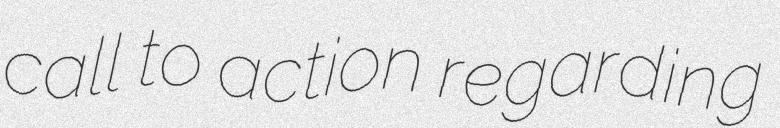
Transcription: call to action regarding